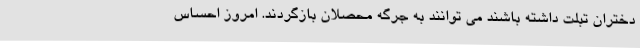
دختران تبلت داشته باشند می توانند به جرگه محصلان بازگردند. امروز احساس